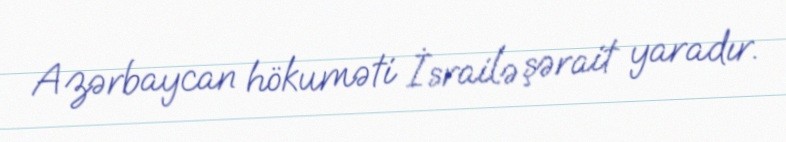
Azərbaycan hökuməti İsrailə şərait yaradır.